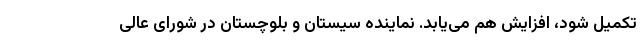
تکمیل شود، افزایش هم می‌یابد. نماینده سیستان و بلوچستان در شورای عالی